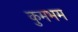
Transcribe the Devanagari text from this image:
कुमभम